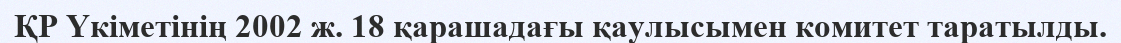
ҚР Үкіметінің 2002 ж. 18 қарашадағы қаулысымен комитет таратылды.